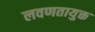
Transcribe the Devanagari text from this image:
लवणतायुक्त